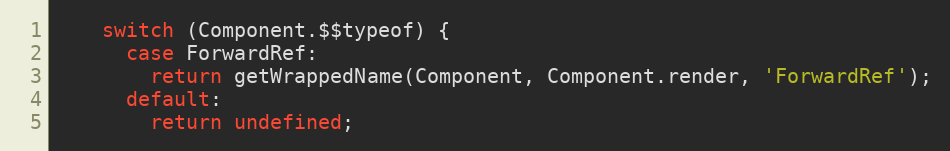
Language: JavaScript
    switch (Component.$$typeof) {
      case ForwardRef:
        return getWrappedName(Component, Component.render, 'ForwardRef');
      default:
        return undefined;